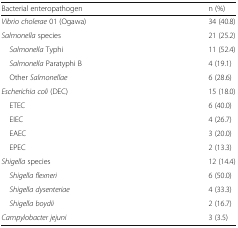
<table><thead><tr><td><b>Bacterial enteropathogen</b></td><td><b>n (%)</b></td></tr></thead><tbody><tr><td><i>Vibrio cholerae</i> 01 (Ogawa)</td><td>34 (40.8)</td></tr><tr><td><i>Salmonella</i> species</td><td>21 (25.2)</td></tr><tr><td> <i>Salmonella</i> Typhi</td><td>11 (52.4)</td></tr><tr><td> <i>Salmonella</i> Paratyphi B</td><td>4 (19.1)</td></tr><tr><td> Other <i>Salmonellae</i></td><td>6 (28.6)</td></tr><tr><td><i>Escherichia coli</i> (DEC)</td><td>15 (18.0)</td></tr><tr><td> ETEC</td><td>6 (40.0)</td></tr><tr><td> EIEC</td><td>4 (26.7)</td></tr><tr><td> EAEC</td><td>3 (20.0)</td></tr><tr><td> EPEC</td><td>2 (13.3)</td></tr><tr><td><i>Shigella</i> species</td><td>12 (14.4)</td></tr><tr><td> <i>Shigella flexneri</i></td><td>6 (50.0)</td></tr><tr><td> <i>Shigella dysenteriae</i></td><td>4 (33.3)</td></tr><tr><td> <i>Shigella boydii</i></td><td>2 (16.7)</td></tr><tr><td><i>Campylobacter jejuni</i></td><td>3 (3.5)</td></tr></tbody></table>